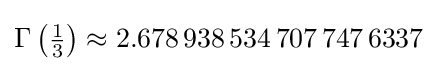
\Gamma \left({\tfrac {1}{3}}\right)\approx 2.678\,938\,534\,707\,747\,6337